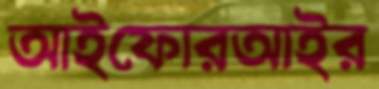
আইফোরআইর